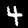
Digit: 4